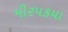
મીરપકયા